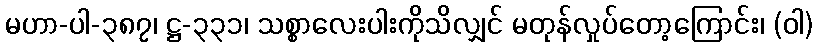
မဟာ-ပါ-၃၈၇၊ ဋ္ဌ-၃၃၁၊ သစ္စာလေးပါးကိုသိလျှင် မတုန်လှုပ်တော့ကြောင်း၊ (ဝါ)